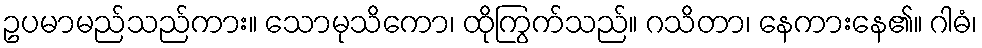
ဥပမာမည်သည်ကား။ သောမုသိကော၊ ထိုကြွက်သည်။ ဂသိတာ၊ နေကားနေ၏။ ဂါဓံ၊